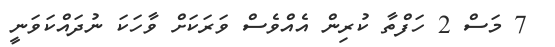
7 މަސް 2 ހަފްތާ ކުރިން އެއްވެސް ވަރަކަށް ވާހަކަ ނުދައްކަވަނީ